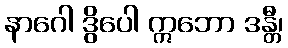
နာဂေါ ဒွိပေါ ဣဘော ဒန္တီ၊